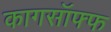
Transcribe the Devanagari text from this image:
कागसॉफ्फ